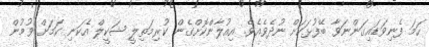
ހަމަ ފެނިވަޑައިގަންނަވާ ބޭފުޅަކަށް ނުދެވެއެވެ. އިއުލާންކޮށްގެން ކުރިމަތިލީ ޝަކީލް އެކަނި ކަމަށް ވުމުން